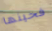
فحينها